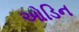
ઓડિન